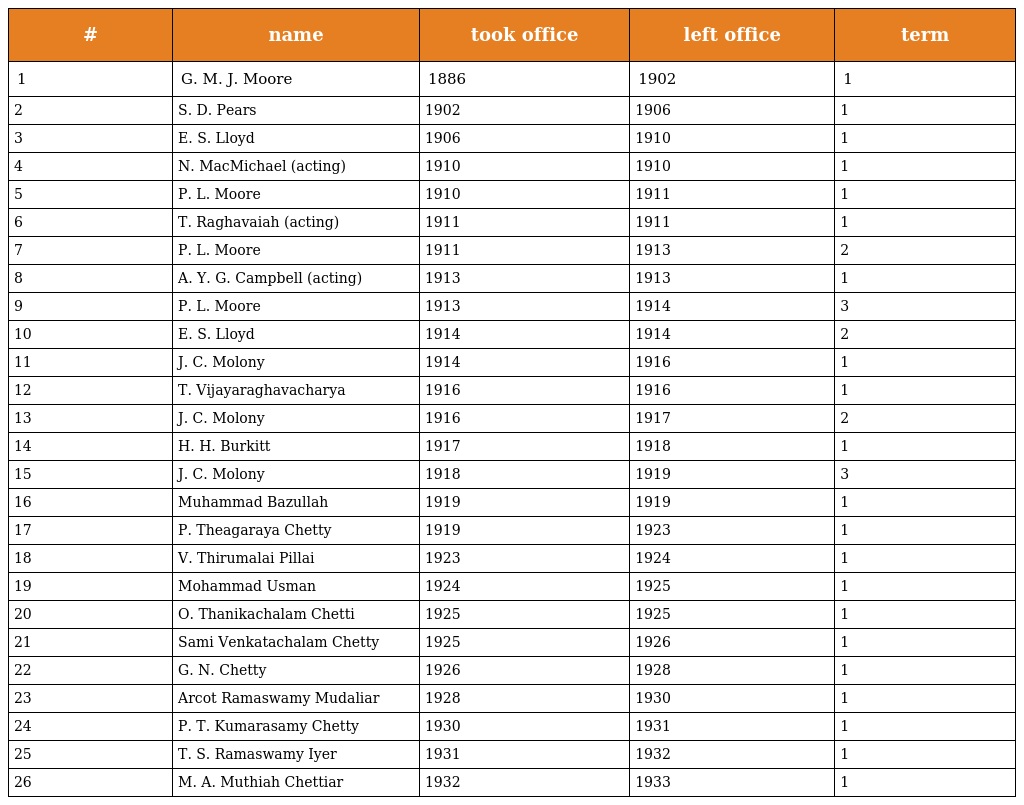
| # | name | took office | left office | term |
 | --- | --- | --- | --- | --- |
 | 1 | G. M. J. Moore | 1886 | 1902 | 1 |
 | 2 | S. D. Pears | 1902 | 1906 | 1 |
 | 3 | E. S. Lloyd | 1906 | 1910 | 1 |
 | 4 | N. MacMichael (acting) | 1910 | 1910 | 1 |
 | 5 | P. L. Moore | 1910 | 1911 | 1 |
 | 6 | T. Raghavaiah (acting) | 1911 | 1911 | 1 |
 | 7 | P. L. Moore | 1911 | 1913 | 2 |
 | 8 | A. Y. G. Campbell (acting) | 1913 | 1913 | 1 |
 | 9 | P. L. Moore | 1913 | 1914 | 3 |
 | 10 | E. S. Lloyd | 1914 | 1914 | 2 |
 | 11 | J. C. Molony | 1914 | 1916 | 1 |
 | 12 | T. Vijayaraghavacharya | 1916 | 1916 | 1 |
 | 13 | J. C. Molony | 1916 | 1917 | 2 |
 | 14 | H. H. Burkitt | 1917 | 1918 | 1 |
 | 15 | J. C. Molony | 1918 | 1919 | 3 |
 | 16 | Muhammad Bazullah | 1919 | 1919 | 1 |
 | 17 | P. Theagaraya Chetty | 1919 | 1923 | 1 |
 | 18 | V. Thirumalai Pillai | 1923 | 1924 | 1 |
 | 19 | Mohammad Usman | 1924 | 1925 | 1 |
 | 20 | O. Thanikachalam Chetti | 1925 | 1925 | 1 |
 | 21 | Sami Venkatachalam Chetty | 1925 | 1926 | 1 |
 | 22 | G. N. Chetty | 1926 | 1928 | 1 |
 | 23 | Arcot Ramaswamy Mudaliar | 1928 | 1930 | 1 |
 | 24 | P. T. Kumarasamy Chetty | 1930 | 1931 | 1 |
 | 25 | T. S. Ramaswamy Iyer | 1931 | 1932 | 1 |
 | 26 | M. A. Muthiah Chettiar | 1932 | 1933 | 1 |